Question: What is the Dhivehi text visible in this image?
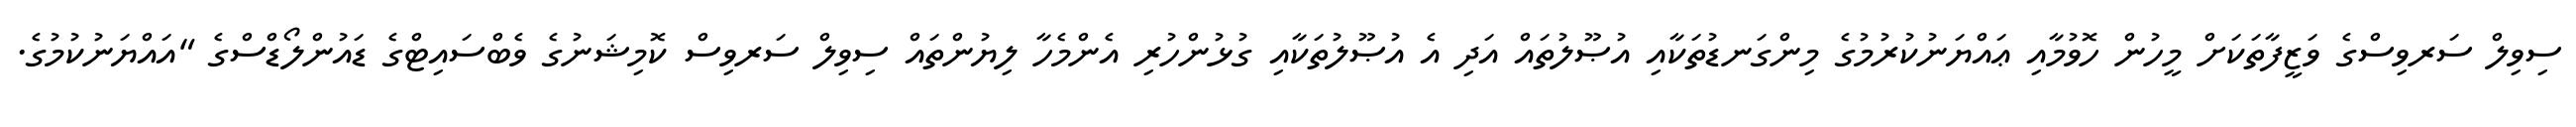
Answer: ސިވިލް ސަރވިސްގެ ވަޒީފާތަކަށް މީހުން ހޮވުމާއި ޢައްޔަނުކުރުމުގެ މިންގަނޑުތަކާއި އުޞޫލުތައް އަދި އެ އުޞޫލުތަކާއި ގުޅުންހުރި އެންމެހާ ލިޔުންތައް ސިވިލް ސަރވިސް ކޮމިޝަނުގެ ވެބްސައިޓްގެ ޑައުންލޯޑްސްގެ "އައްޔަނުކުމުގެ.